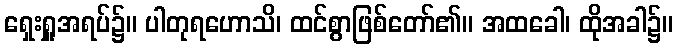
ရှေးရှူအရပ်၌။ ပါတုရဟောသိ၊ ထင်စွာဖြစ်တော်၏။ အထခေါ၊ ထိုအခါ၌။